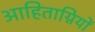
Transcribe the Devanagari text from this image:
आहिताग्नियों